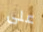
على